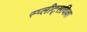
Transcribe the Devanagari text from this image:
स्प्लीट्सविल्ला